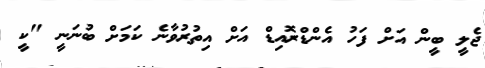
ޖެލީ ބީން އަށް ފަހު އެންޑްރޮއިޑް އަށް އިތުރުވާނެ ކަމަށް ބުނަނީ "ކީ